Lunatic asylums Burma 1907-21 - 1907-1921
Year: 1907
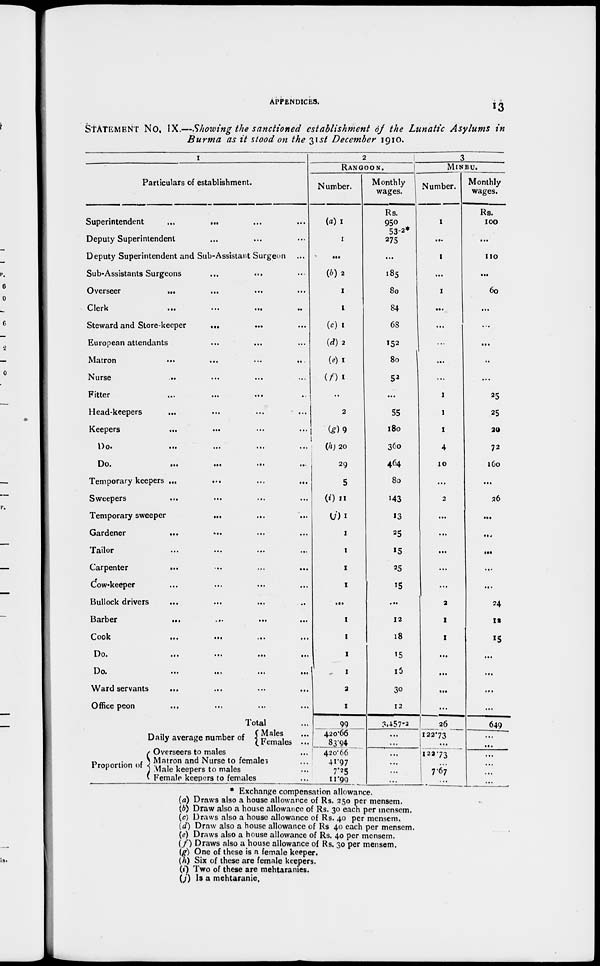
APPENDICES. 13
STATEMENT No. IX.—Showing the sanctioned establishment of the Lunatic Asylums in
Burma as it stood on the 31st December 1910.
1
Particulars of establishment.
Superintendent
... ... ... ...
Deputy Superintendent ... ... ...
Deputy Superintendent and Sub-Assistant Surgeon ...
Sub-Assistants Surgeons ... ... ...
Overseer
... ... ... ...
Clerk
...
...
...
...
Steward and Store-keeper
...
... ...
European attendants ... ... ...
Matron
...
...
...
...
Nurse ... ... ... ...
Fitter ... ... ... ...
Head-keepers ... ... ... ...
Keepers ... ... ... ...
Do.
...
...
...
...
Do.
...
...
...
Temporary keepers ... ... ... ...
Sweepers ... ... ... ...
Temporary sweeper ... ... ...
Gardener
...
...
...
...
Tailor ... ... ... ...
Carpenter ... ... ... ...
Cow-keeper ... ... ...
Bullock drivers ... ... ... ...
Barber
...
...
...
...
Cook
...
...
...
...
Do.
...
...
...
...
Do.
...
...
...
...
Ward servants ... ... ... ...
Office peon ... ... ... ...
Total ...
Daily average number of
Proportion of
Males ...
Females ...
Overseers to males ...
Matron and Nurse to females ...
Male keepers to males
...
Female keepers to females ...
2
RANGOON.
Number.
(a) 1
1
...
(b) 2
1
1
(c) 1
(d) 2
(e) 1
(f) 1
...
2
(g) 9
(h) 20
29
5
(i) 11
(j) 1
1
1
1
1
...
1
1
1
1
2
1
99
420.66
83.94
420.66
41.97
7.25
11.99
Monthly
wages.
Rs.
950
53.2*
275
...
185
80
84
68
152
80
52
...
55
180
360
464
80
143
13
25
15
25
15
...
12
18
15
15
30
12
3,457-2
...
...
...
...
...
...
3
MINBU.
Number.
1
...
1
...
1
...
...
...
...
...
1
1
1
4
10
...
2
...
...
...
...
...
2
1
1
...
...
...
...
26
122.73
...
122.73
...
7.67
7.67
Monthly
wages.
Rs.
100
...
110
...
60
...
...
...
...
...
25
25
20
72
160
...
26
...
...
...
...
...
24
12
15
...
...
...
...
649
...
...
...
...
...
...
* Exchange compensation allowance.
(a) Draws also a house allowance of Rs. 250 per mensem.
(b) Draw also a house allowance of Rs. 30 each per mensem.
(c) Draws also a house allowance of Rs. 40 per mensem.
(d) Draw also a house allowance of Rs 40 each per mensem.
(e) Draws also a house allowance of Rs. 40 per mensem.
(f) Draws also a house allowance of Rs. 30 per mensem.
(g) One of these is a female keeper.
(h) Six of these are female keepers.
(i) Two of these are mehtaranies.
(j) Is a mehtaranie.